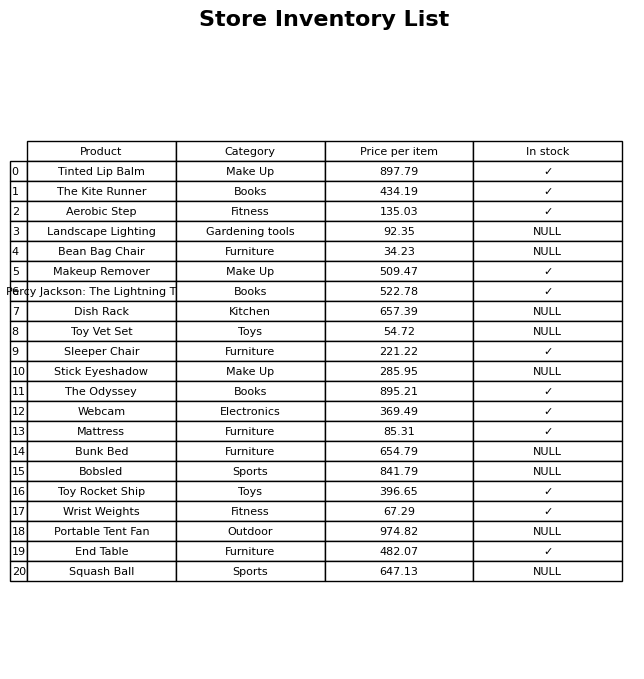
question: What category does the Makeup Remover belong to?
answer: Make Up